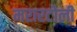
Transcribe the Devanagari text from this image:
मरारटोली